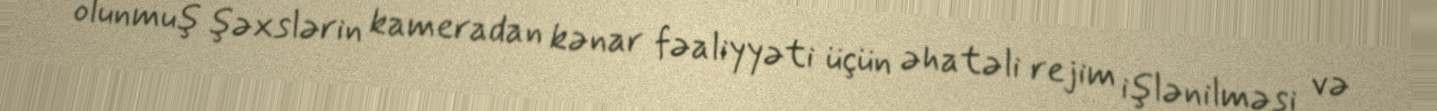
olunmuş şəxslərin kameradan kənar fəaliyyəti üçün əhatəli rejim işlənilməsi və